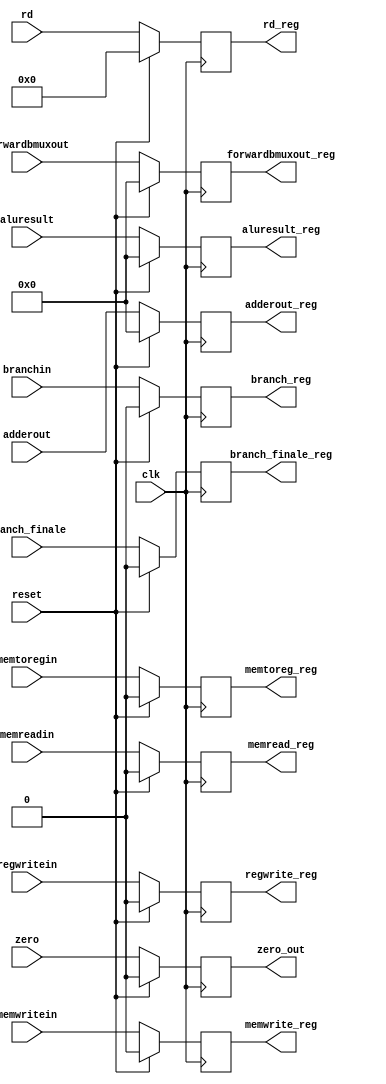
`timescale 1ns / 1ps

module EX_MEM(
  input clk,reset,
  input [63:0] adderout, 
  input [63:0] aluresult,//64bit alu output
  input zero,//64bit alu output
  input [63:0] forwardbmuxout, 
  input [4:0] rd, 
  input branchin,memreadin, memtoregin, memwritein, regwritein,branch_finale,
  
  output reg [63:0] adderout_reg,
  output reg zero_out,
  output reg [63:0] aluresult_reg,
  output reg [63:0] forwardbmuxout_reg,
  output reg [4:0] rd_reg,
  output reg branch_reg, memread_reg, memtoreg_reg, memwrite_reg, regwrite_reg,branch_finale_reg);
  
  always @(posedge clk)
    begin
      if (reset == 1'b1)
        begin
          adderout_reg = 64'b0;
          zero_out = 1'b0;
          aluresult_reg = 63'b0;
          forwardbmuxout_reg = 64'b0;
          rd_reg = 5'b0;
          branch_reg = 1'b0;
          memread_reg = 1'b0;
          memtoreg_reg =1'b0;
          memwrite_reg = 1'b0;
          regwrite_reg = 1'b0;
          branch_finale_reg=1'b0;
        end
      else
        begin
          adderout_reg = adderout;
          zero_out =zero ;
          aluresult_reg = aluresult;
          forwardbmuxout_reg = forwardbmuxout;
          rd_reg = rd;
          branch_reg = branchin;
          memread_reg = memreadin;
          memtoreg_reg =memtoregin;
          memwrite_reg = memwritein;
          regwrite_reg = regwritein;
          branch_finale_reg=branch_finale;
        end
    end
endmodule